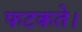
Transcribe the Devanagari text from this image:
फटकते।